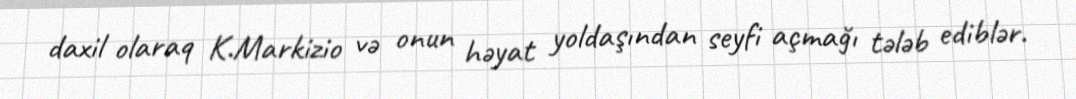
daxil olaraq K.Markizio və onun həyat yoldaşından seyfi açmağı tələb ediblər.